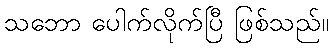
သဘော ပေါက်လိုက်ပြီ ဖြစ်သည်။